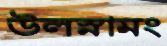
উলস্নামং